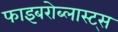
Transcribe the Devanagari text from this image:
फाइबरोब्लास्ट्स